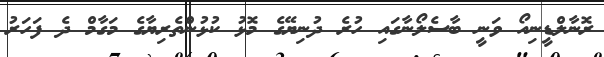
ރޮނާލްޑީނިއޯ ވަނީ ބާސެލޯނާގައި ހުރެ ދުނިޔޭގެ މޮޅު ކުޅުންތެރިޔާގެ މަގާމް ދެ ފަހަރު